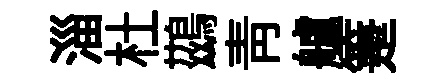
淄杜鷀靑艫箑